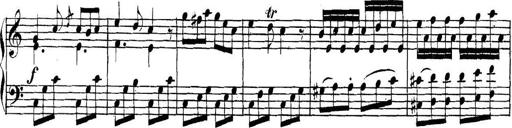
Title: Collected Piano Sonatas
Composer: Muzio Clementi